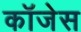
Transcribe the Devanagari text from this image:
कॉजेस